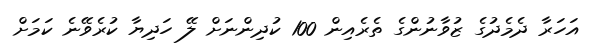
އަހަރާ ދެމެދުގެ ޒުވާނުންގެ ތެރެެއިން 100 ކުދިންނަށް ލޭ ހަދިޔާ ކުރެވޭނެ ކަމަށް